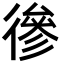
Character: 𢕕